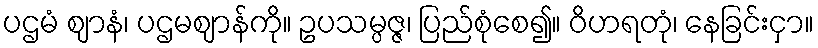
ပဌမံ ဈာနံ၊ ပဌမဈာန်ကို။ ဥပသမ္ပဇ္ဇ၊ ပြည်စုံစေ၍။ ဝိဟရတုံ၊ နေခြင်းငှာ။